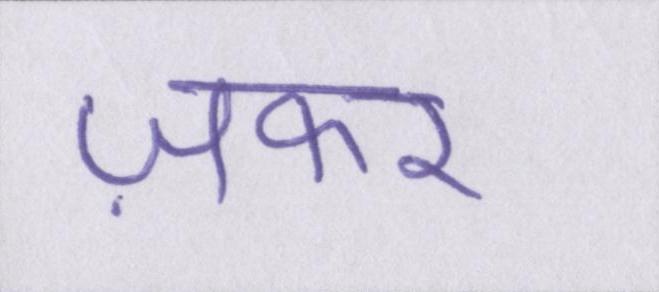
ज़फर